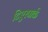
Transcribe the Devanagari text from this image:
टिएरपार्क